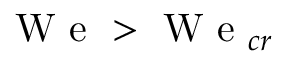
\mathrm { ~ W ~ e ~ } > \mathrm { ~ W ~ e ~ } _ { c r }